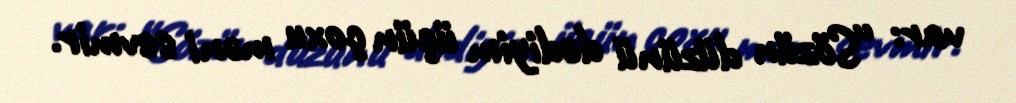
var: “Sözün düzünü dediyim üçün çoxu məni sevmir.